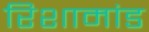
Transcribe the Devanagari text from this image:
रिशामांड